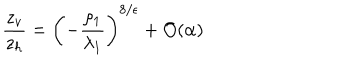
LaTeX: \frac { z _ { v } } { z _ { h } } = \left( - \frac { \rho _ { 1 } } { \lambda _ { 1 } } \right) ^ { 8 / \epsilon } + { \cal O } ( \alpha )